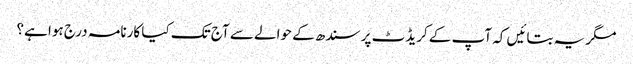
مگر یہ بتائیں کہ آپ کے کریڈٹ پر سندھ کے حوالے سے آج تک کیا کارنامہ درج ہوا ہے؟